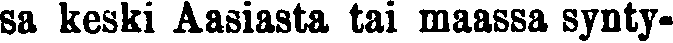
sa keski Aasiasta tai maassa synty-